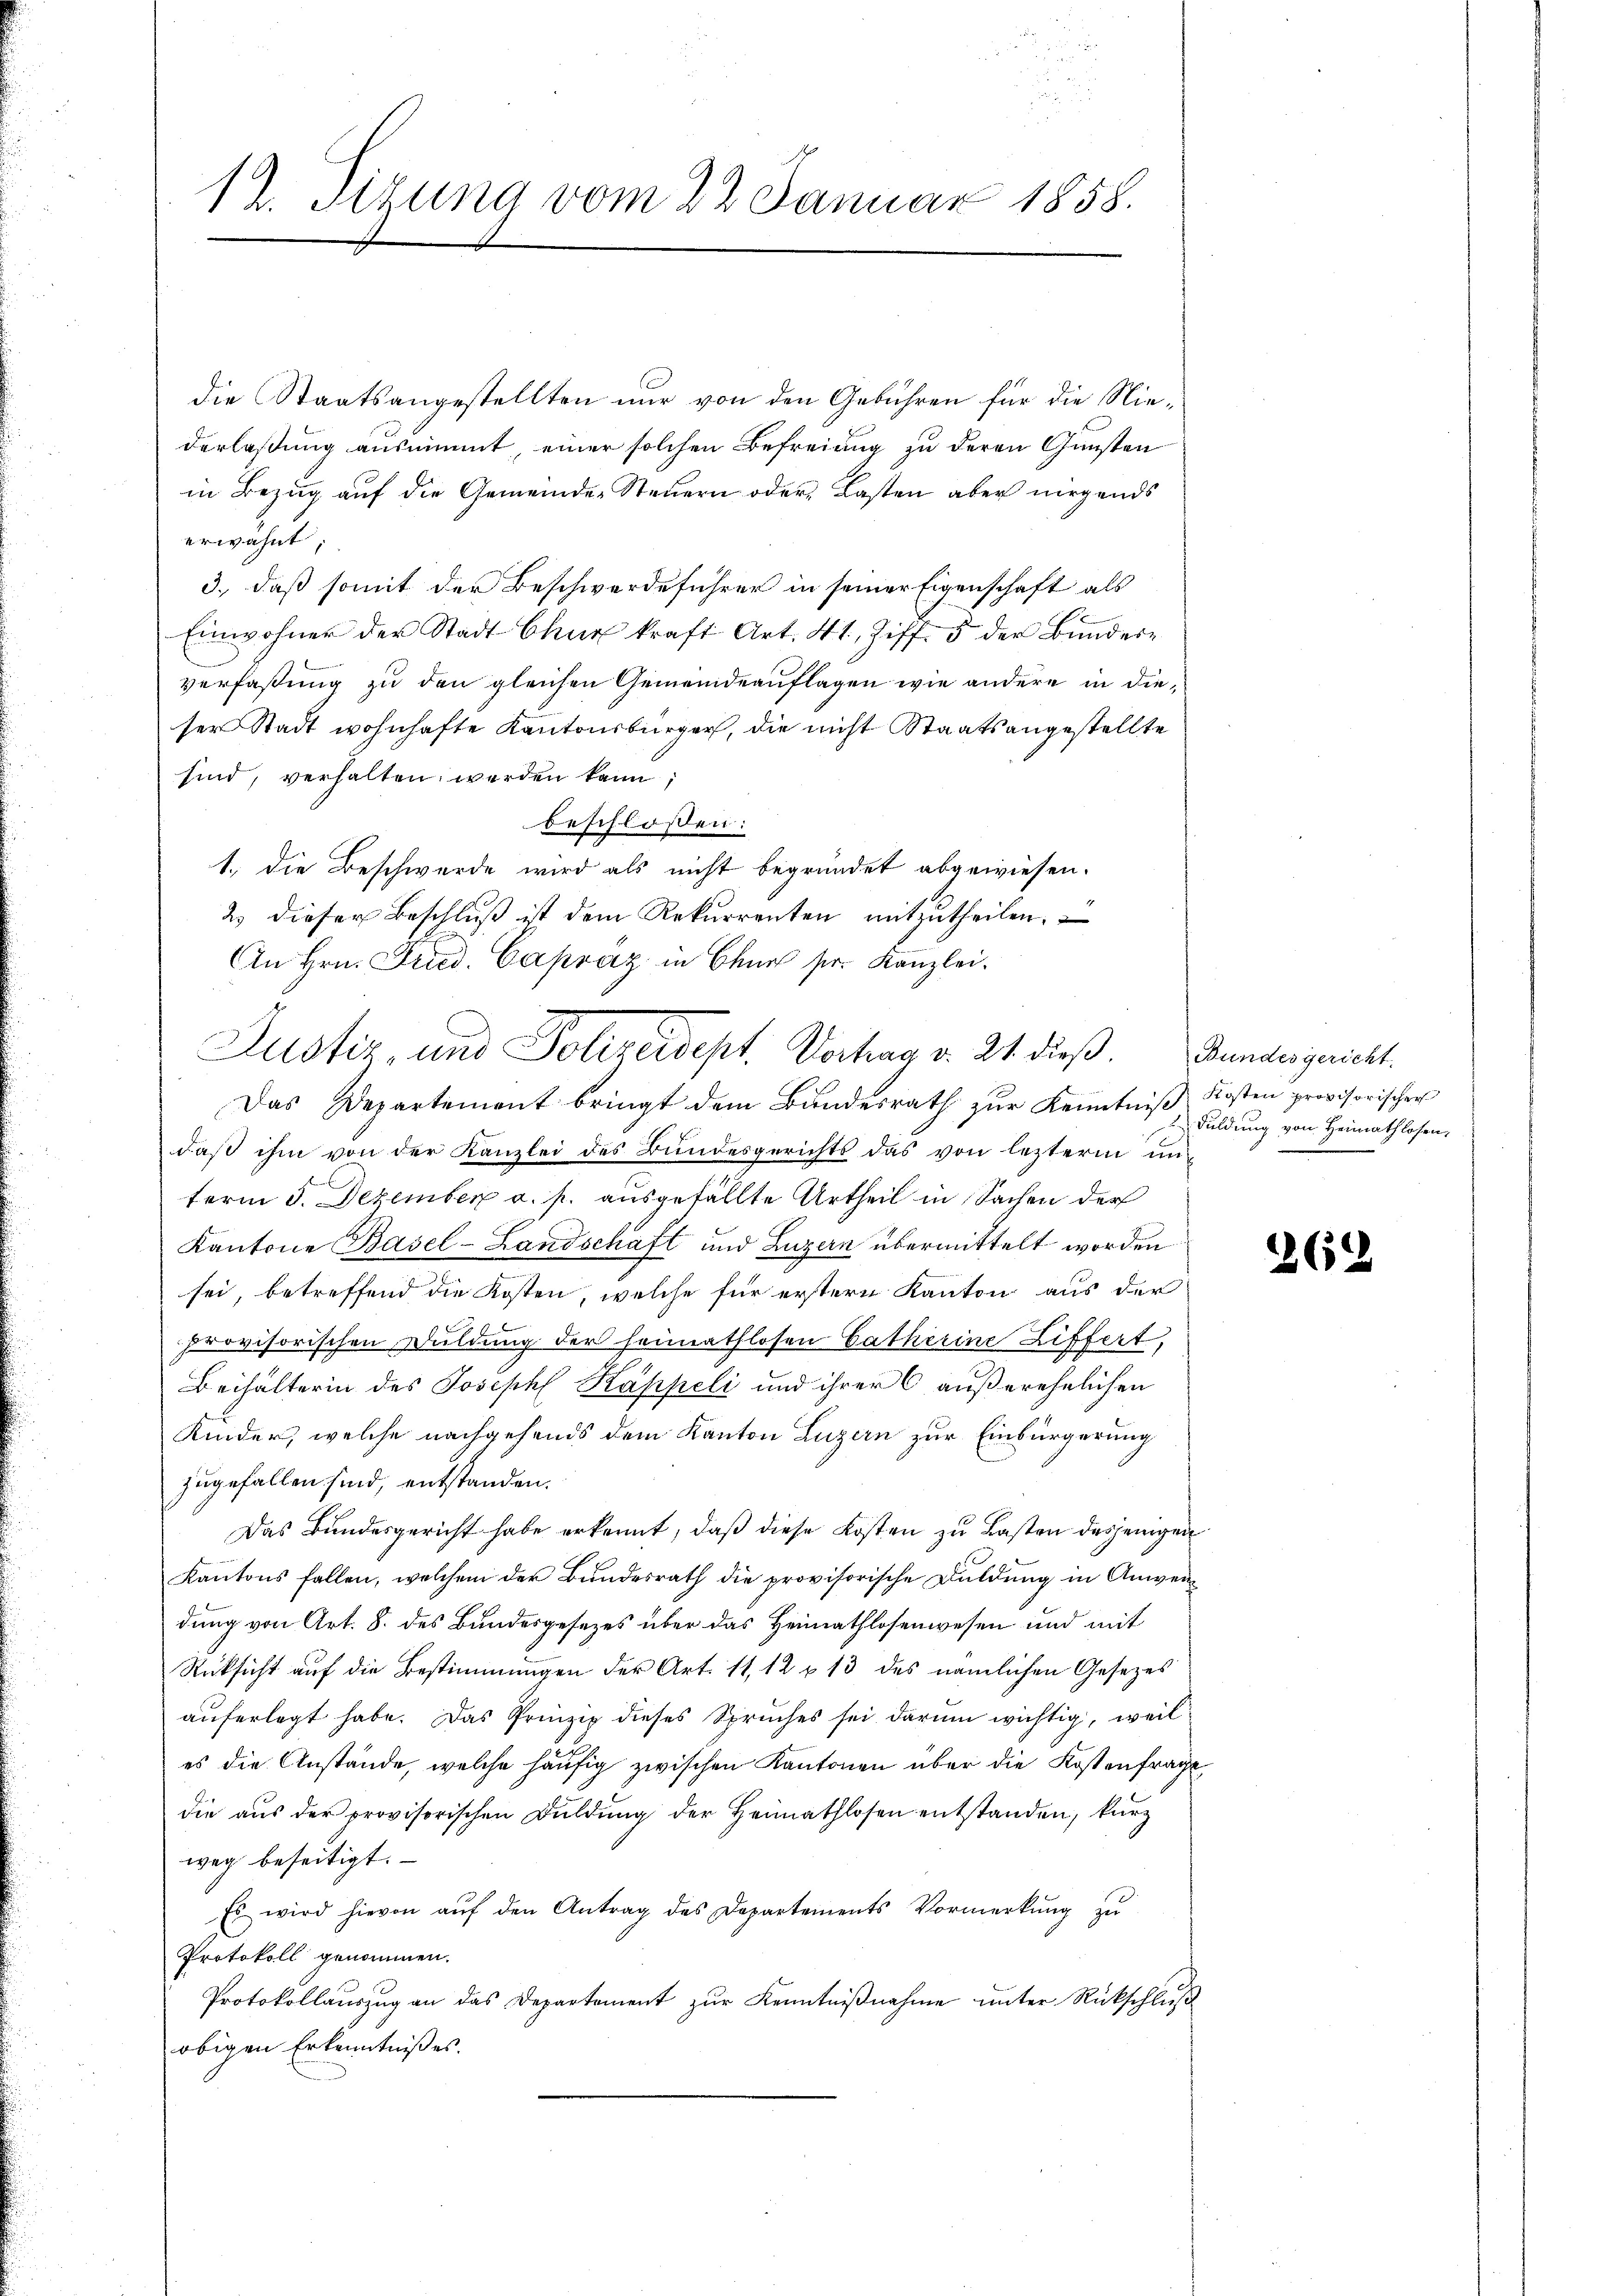
12. Sizung vom 22 Januar 1858.

die Staatsangestellten nur von den Gebühren für die Niederlaßung ausnimmt einer solchen Befreiung zu deren Gunsten
in Bezug auf die Gemeinde-Steuern oder Lasten aber nirgends
erwähnt
3., daß somit der Beschwerdeführer in seiner Eigenschaft als
Einwohner der Stadt Chur kraft Art. 41, Ziff. 5 der Bundere
verfassŭng zŭ den gleichen Gemeindeaŭflagen wie andere in dieser Stadt wohnhafte Kantonsbürger, die nicht Staatsangestellte
sind, verhalten werden kann;
beschloßen:
1.) Die Beschwerde wird als nicht begründet abgewiesen.
2. dieser Beschluß ist dem Rekurrenten mitzutheilen.
An Hrn. Fried. Capraz in Ohne sr. Kanzlei.
Das Departement bringt dem Bŭndesrath zŭr Kenntniβ Kosten provisorischer
daß ihm von der Kanzlei des Bundesgerichts das von lezterm un
ferm 5. Dezember a. p. ausgefällte Urtheil in Sachen der
Kantone Basel-Landschaft und Luzern übermittelt worden
sei, betreffend die Kosten, welche für erstern Kanton aus der
provisorischen Duldung der heimathlosen Catherine Liffert,
Beihalterin des Joseph Kappeli und ihrer 6 außerehelichen
Kinder, welche nachgehends dem Kanton Luzern zur Einbürgerung
zugefallen sind, entstanden.
Das Bundesgericht habe erkennt, daß diese Kosten zu Lasten desjenigen
Kantons fallen, welchem der Bundesrath die provisorische Duldung in Anwendung von Art. 8. des Bundesgesezes über das Heimathlosenwesen und mit
Rücksicht auf die Bestimmungen der Art. 11, 12 f 13 des nämlichen Gesezes
auferlegt habe. Das Prinzip dieses Spruches sei darum wichtig, weil
es die Anstände, welche häufig zwischen Kantonen über die Kostenfrage
die aŭs der provisorischen Bŭldŭng der Heimathlosen entstanden, kurz
weg beseitigt.
Es wird hievon aŭf den Antrag des Departements Vormerkŭng zŭ
Protokoll genommen.
Protokollaŭszŭg an das Departement zŭr Kenntniβnahme ŭnter Rückschlŭβ
obigen Erkenntnißes.

Justiz- und Polizeidept. Vertrag d. 21. dieß. Bundesgericht

Fuldung von Heimathlosen,
.
e

2262